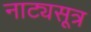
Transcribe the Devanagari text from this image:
नाट्यसूत्र